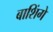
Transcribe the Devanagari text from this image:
बाशिंगे